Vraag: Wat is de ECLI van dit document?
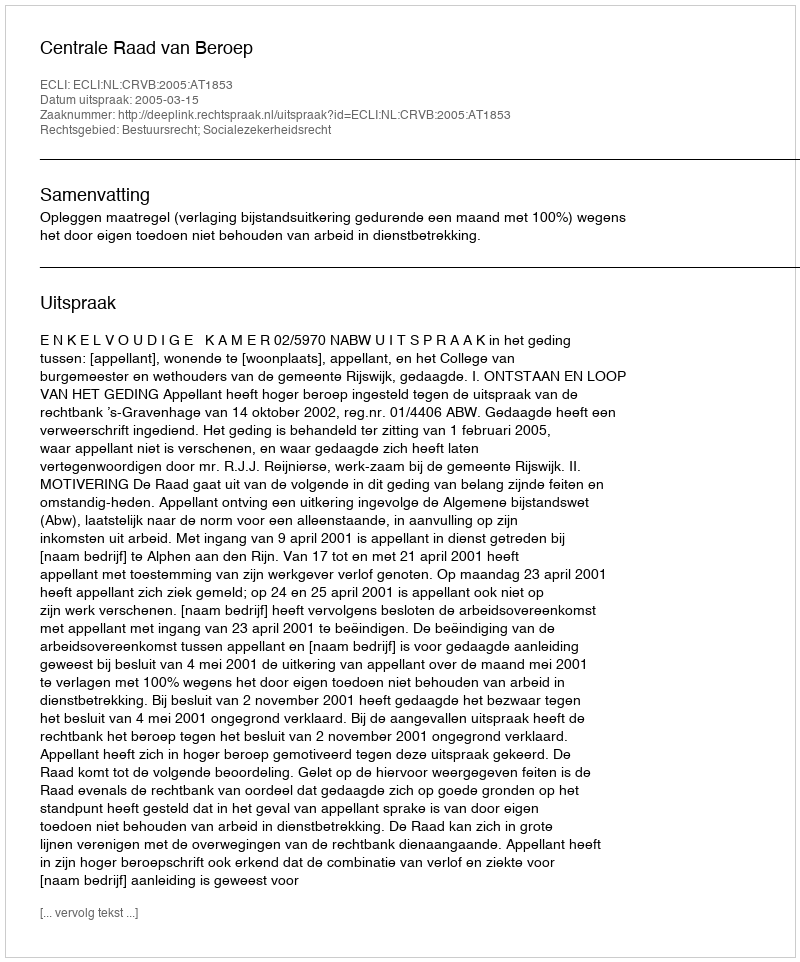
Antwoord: ECLI:NL:CRVB:2005:AT1853